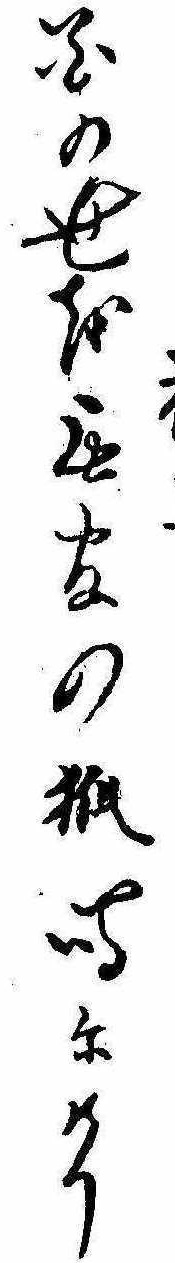
花の世を無官の狐鳴にけり